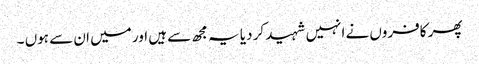
پھر کافروں نے انہیں شہید کر دیا یہ مجھ سے ہیں اور میں ان سے ہوں ۔